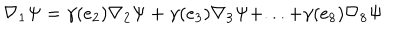
\nabla _ { 1 } \Psi = \gamma ( e _ { 2 } ) \nabla _ { 2 } \Psi + \gamma ( e _ { 3 } ) \nabla _ { 3 } \Psi + . . . + \gamma ( e _ { 8 } ) \nabla _ { 8 } \Psi